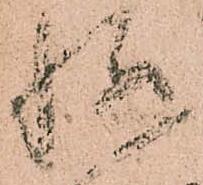
軈